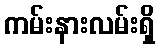
ကမ်းနားလမ်းရှိ